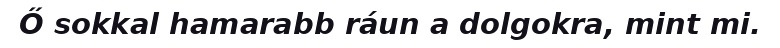
Ő sokkal hamarabb ráun a dolgokra, mint mi.